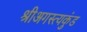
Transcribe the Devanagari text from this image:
श्रीअगस्त्यकुंड